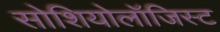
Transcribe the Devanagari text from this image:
सोशियोलॉजिस्ट